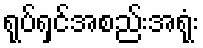
ရုပ်ရှင်အစည်းအရုံး